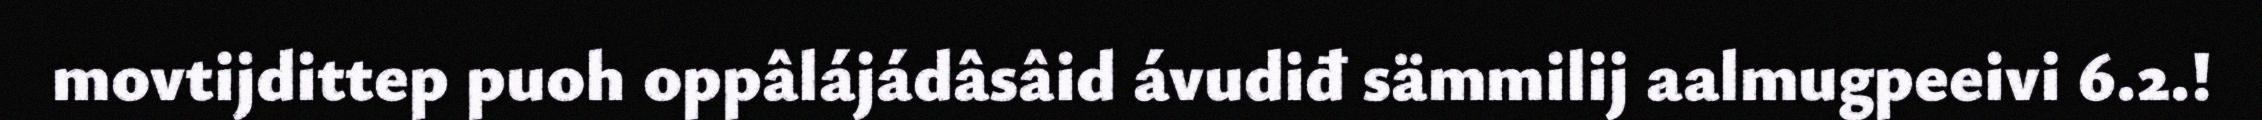
movtijdittep puoh oppâlájádâsâid ávudiđ sämmilij aalmugpeeivi 6.2.!